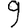
Digit: 9